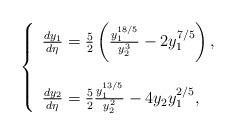
LaTeX: \begin{align*}\left\{ \begin{array}{ll} \frac{d y_1}{d\eta}=\frac{5}{2}\left(\frac{y_1^{18/5}}{y_2^3}-2y_1^{7/5}\right),\\ \\\frac{d y_2}{d\eta}=\frac{5}{2}\frac{y_1^{13/5}}{y_2^2}-4y_2y_1^{2/5}, \end{array} \right.\end{align*}